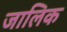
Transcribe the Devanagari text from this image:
जालिक